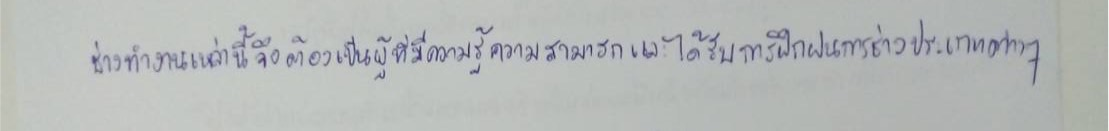
ช่างที่ทำงานเหล่านี้จึงต้องเป็นผู้ที่มีความรู้ความสามารถและได้รับการฝึกฝนการช่างประเภทต่างๆ